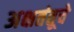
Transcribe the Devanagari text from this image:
अक्षतंतूचे